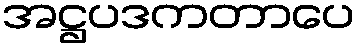
အဋ္ဌပဒကတာပေ